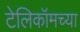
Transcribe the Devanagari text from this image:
टेलिकॉमच्या